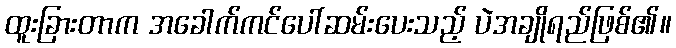
ထူးခြားတာက အခေါက်ကင်ပေါ်ဆမ်းပေးသည့် ပဲအချိုရည်ဖြစ်၏။